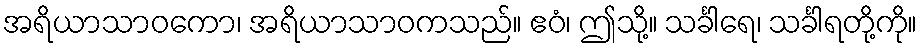
အရိယာသာဝကော၊ အရိယာသာဝကသည်။ ဧဝံ၊ ဤသို့။ သင်္ခါရေ၊ သင်္ခါရတို့ကို။